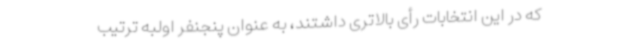
که در این انتخابات رأی بالاتری داشتند، به عنوان پنجنفر اولبه ترتیب